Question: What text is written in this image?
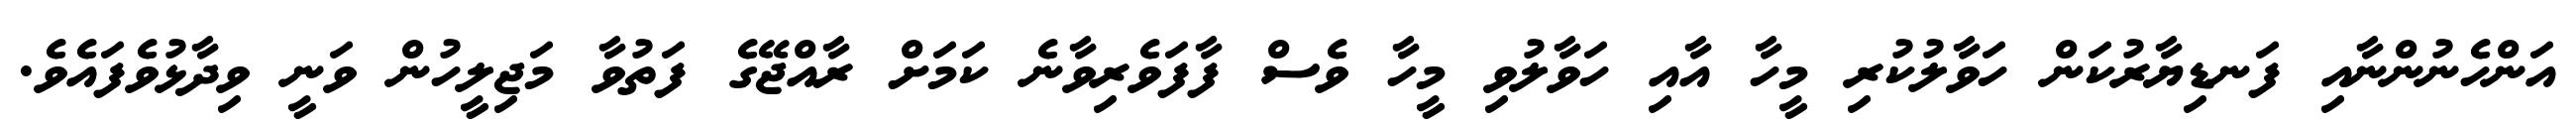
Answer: އަންހެނުންނާއި ފަނޑިޔާރުކަން ހަވާލުކުރި މީހާ އާއި ހަވާލުވި މީހާ ވެސް ފާފަވެރިވާނެ ކަމަށް ރާއްޖޭގެ ފަތުވާ މަޖިލީހުން ވަނީ ވިދާޅުވެފައެވެ.